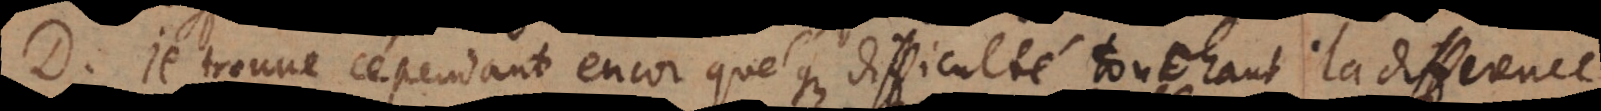
D. Je trouve cependant encor quelque difficulté touchant la difference